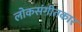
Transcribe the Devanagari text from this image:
लोकसंगीतकार